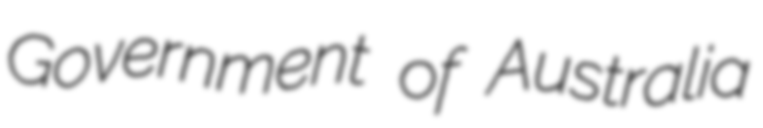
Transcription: Government of Australia